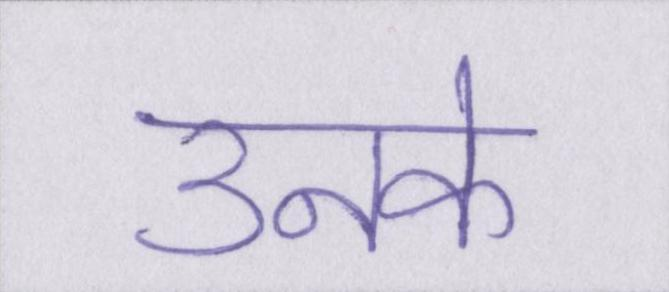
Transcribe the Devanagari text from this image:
उनके